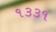
૧૩૩૧